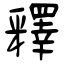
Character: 釋